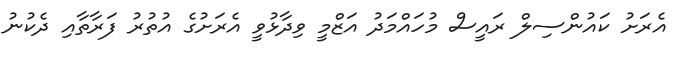
އެރަށު ކައުންސިލް ރައީސް މުހައްމަދު އަޒްމީ ވިދާޅުވީ އެރަށުގެ އުތުރު ފަރާތާއި ދެކުނު